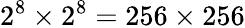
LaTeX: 2^{8}\times 2^{8}=256\times 256